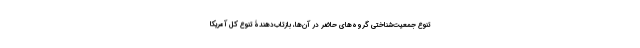
تنوع جمعیت‌شناختی گروه‌های حاضر در آن‌ها، بازتاب‌دهندۀ تنوع کل آمریکا